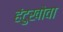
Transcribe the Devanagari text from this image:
हंटुखोवा